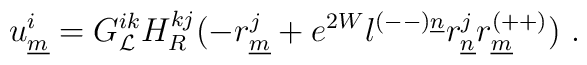
u^i_{\underline{m}}=  G^{ik}_{{\cal L}} H^{kj}_{R}(-  r^j_{\underline{m}}+ e^{2W}l^{(--)\underline{n}}r^j_{\underline{n}}r^{(++)}_{\underline{m}} )~.